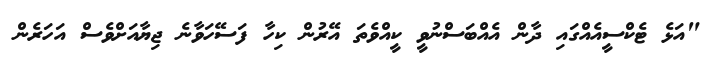
"އަޅެ ޓެކްސީއެއްގައި ދާން އެއްބަސްނުވީ ކީއްވެތަ އޭރުން ކިހާ ފަސޭހަވާނެ ޖިޔާއަށްވެސް އަހަރެން